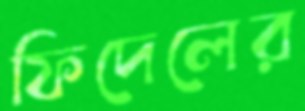
ফিদেলের